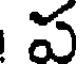
ప